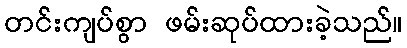
တင်းကျပ်စွာ ဖမ်းဆုပ်ထားခဲ့သည်။